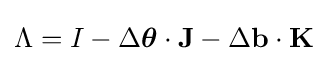
\Lambda =I-\Delta {\boldsymbol {\theta }}\cdot \mathbf {J} -\Delta \mathbf {b} \cdot \mathbf {K}